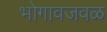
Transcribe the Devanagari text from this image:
भोगावजवळ